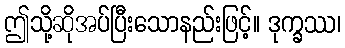
ဤသို့ဆိုအပ်ပြီးသောနည်းဖြင့်။ ဒုက္ခဿ၊